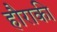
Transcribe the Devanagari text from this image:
हौराकी